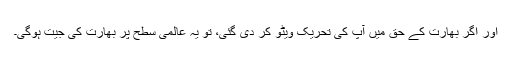
اور اگر بھارت کے حق میں آپ کی تحریک ویٹو کر دی گئی، تو یہ عالمی سطح پر بھارت کی جیت ہوگی۔